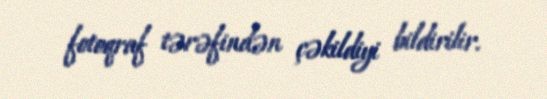
fotoqraf tərəfindən çəkildiyi bildirilir.